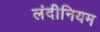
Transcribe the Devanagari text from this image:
लंदीनियम